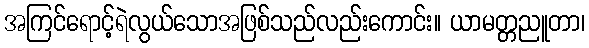
အကြင်ရောင့်ရဲလွယ်သောအဖြစ်သည်လည်းကောင်း။ ယာမတ္တညူတာ၊